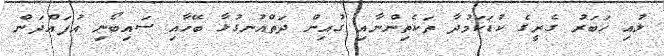
ލުއި ޚަބަރު ގެރީގެ ކުޑަކަމުދާ ތަކެތިންނާއި ގުއިން ދަތްއުނގުޅާ ބޭހާއި ސައިބޯނި އުފައްދަން